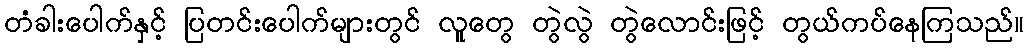
တံခါးပေါက်နှင့် ပြတင်းပေါက်များတွင် လူတွေ တွဲလွဲ တွဲလောင်းဖြင့် တွယ်ကပ်နေကြသည်။